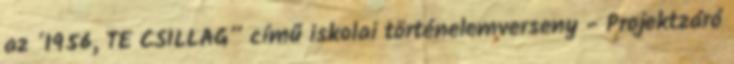
az ’1956, TE CSILLAG” című iskolai történelemverseny - Projektzáró